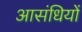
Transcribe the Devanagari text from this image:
आसंधियों